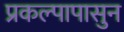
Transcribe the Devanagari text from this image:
प्रकल्पापासुन